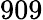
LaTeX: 909